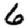
Digit: 6